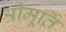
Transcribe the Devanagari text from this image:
श्रीमूर्ति